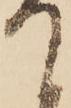
て